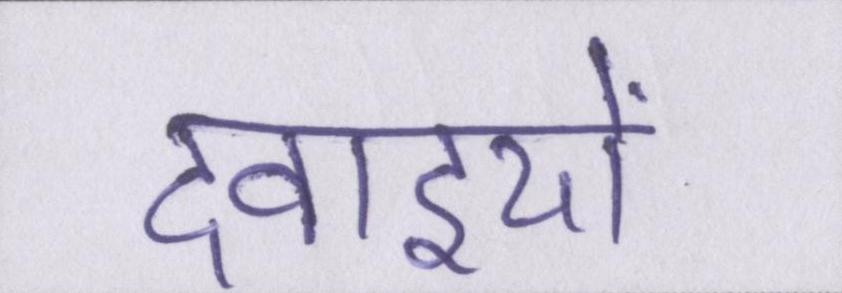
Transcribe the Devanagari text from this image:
दवाइयों